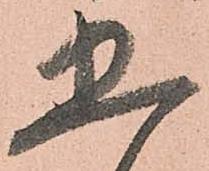
五